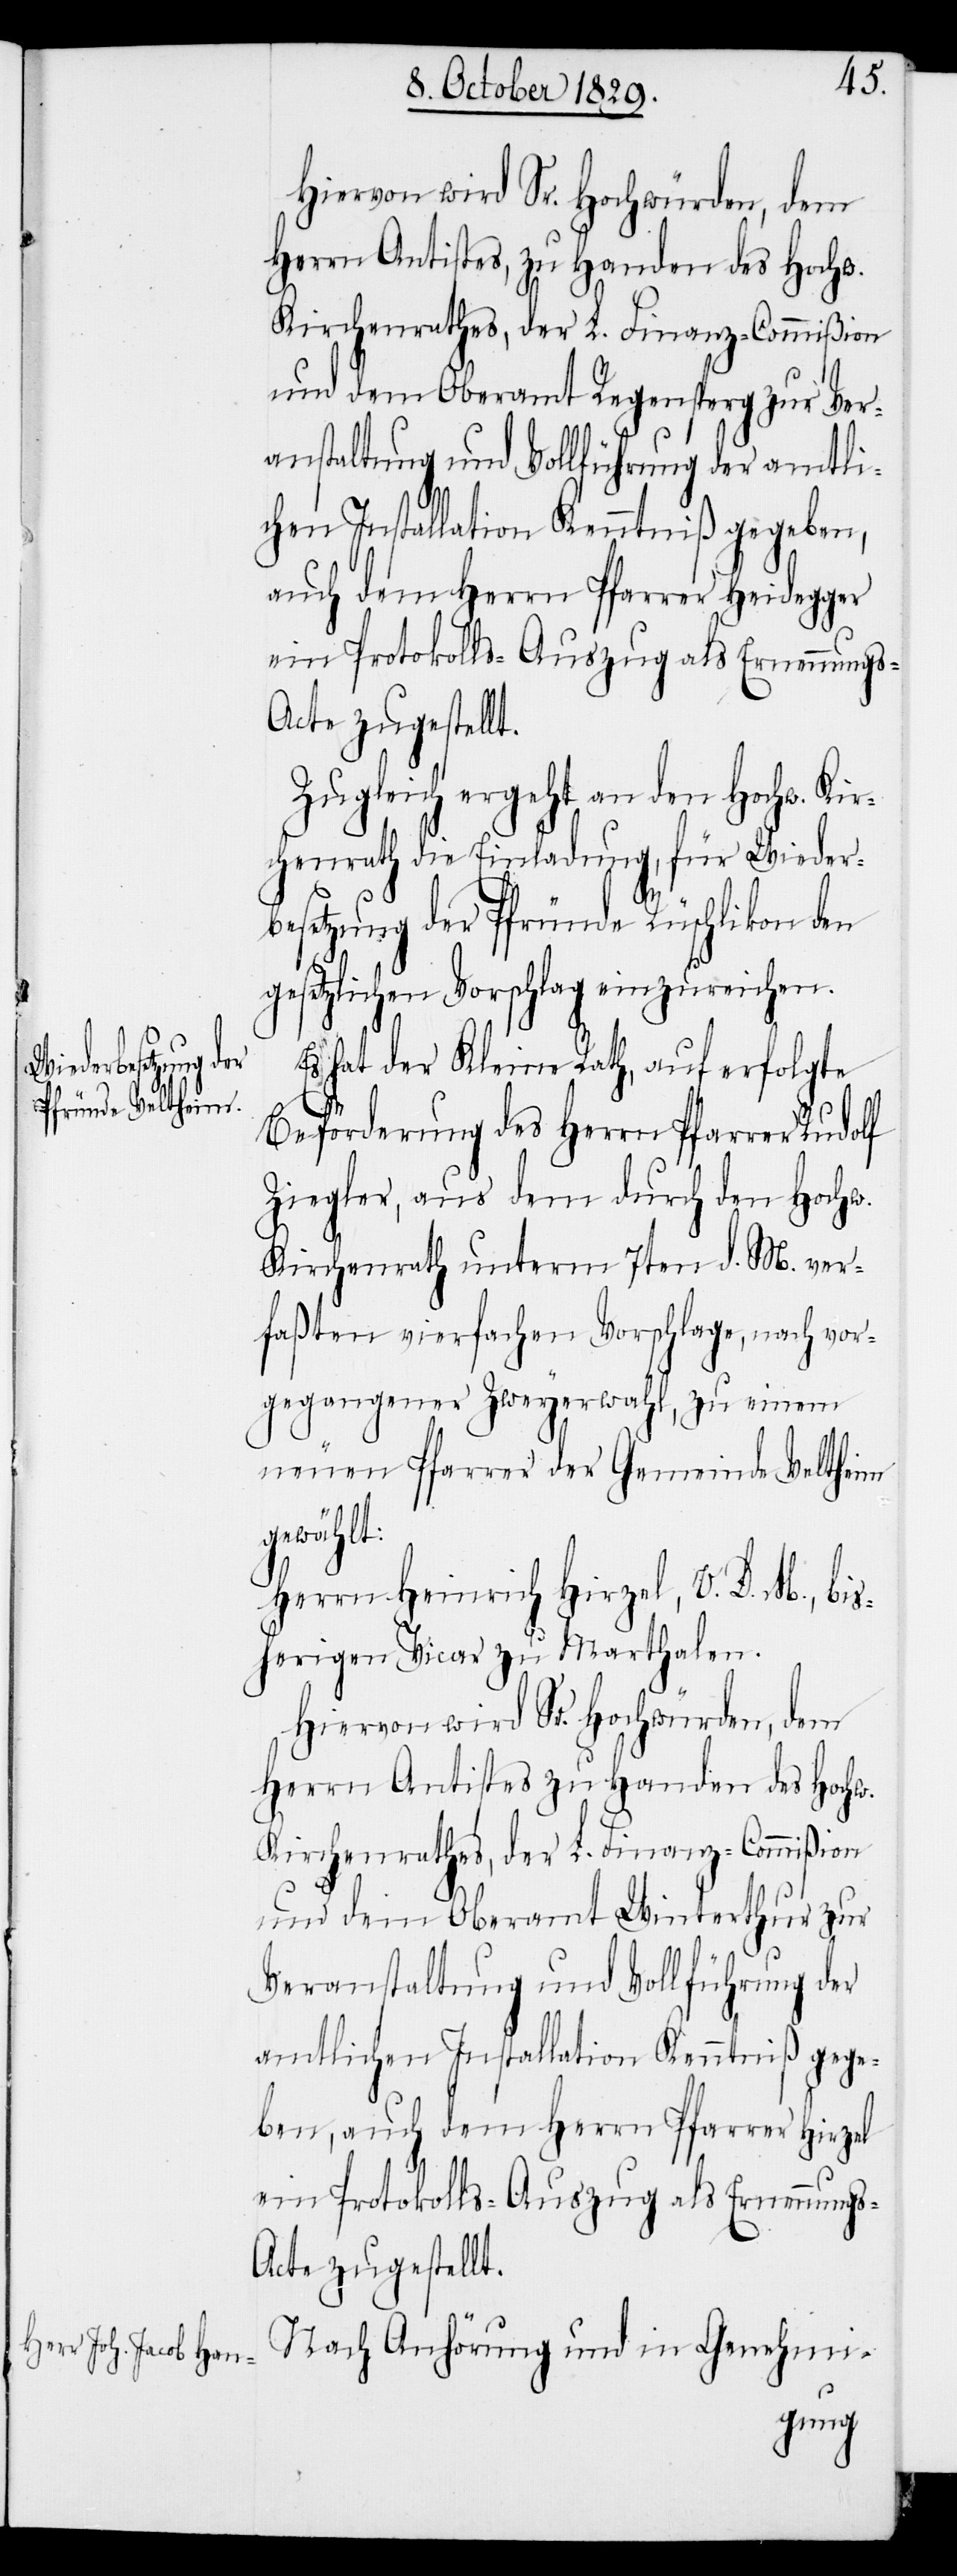
Hiervon wird Sr. Hochwürden, dem
Herrn Antistes, zu Handen des Hochw.
Kirchenrathes, der L. Finanz-Commißion
und dem Oberamt Regensperg zur Ver¬
anstaltung und Vollführung der amtli¬
chen Installation Kenntniß gegeben,
auch dem Herrn Pfarrer Heidegger
ein Protokolls-Auszug als Ernennungs-A¬
cte zugestellt.
Zugleich ergeht an den Hochw. Kir¬
chenrath die Einladung, für Wieder¬
besetzung der Pfründe Rüschlikon den
gesetzlichen Vorschlag einzureichen.
Es hat der Kleine Rath, auf erfolgte
Beförderung des Herrn Pfarrer Rudolf
Ziegler, aus dem durch den Hochw.
Kirchenrath unterm 7ten d. M. ver¬
faßten vierfachen Vorschlage, nach vor¬
gegangener Zweyerwahl, zu einem
neuen Pfarrer der Gemeinde Veltheim
gewählt:
Herrn Heinrich Hirzel, V. D. M., bis¬
herigen Vicar zu Marthalen.
Hiervon wird Sr. Hochwürden, dem
Herrn Antistes zu Handen des Hochw.
Kirchenrathes, der L. Finanz-Commißion
und dem Oberamt Winterthur zur
Veranstaltung und Vollführung der
amtlichen Installation Kenntniß gege¬
ben, auch dem Herrn Pfarrer Hirzel
ein Protokolls-Auszug als Ernennungs-A¬
cte zugestellt.
Nach Anhörung und in Genehmi-